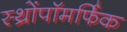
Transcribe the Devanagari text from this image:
स्थ्रोंपॉमर्फिक